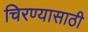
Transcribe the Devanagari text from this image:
चिरण्यासाठी